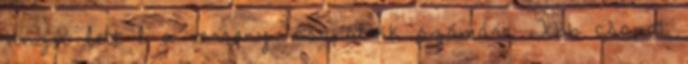
vonzóó lett l a verseny. csapatokk számára Több csapat